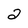
Character: 2